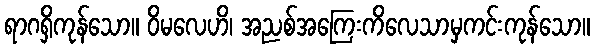
ရာဂရှိကုန်သော။ ဝိမလေဟိ၊ အညစ်အကြေးကိလေသာမှကင်းကုန်သော။